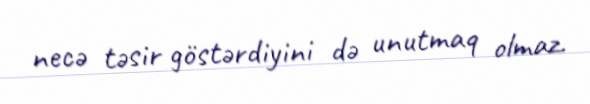
necə təsir göstərdiyini də unutmaq olmaz.